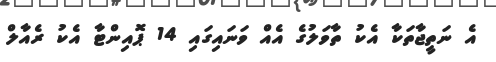
އެ ނަތީޖާތަކާ އެކު ތާވަލުގެ އެއް ވަނައިގައި 14 ޕޮއިންޓާ އެކު ރެއާލް